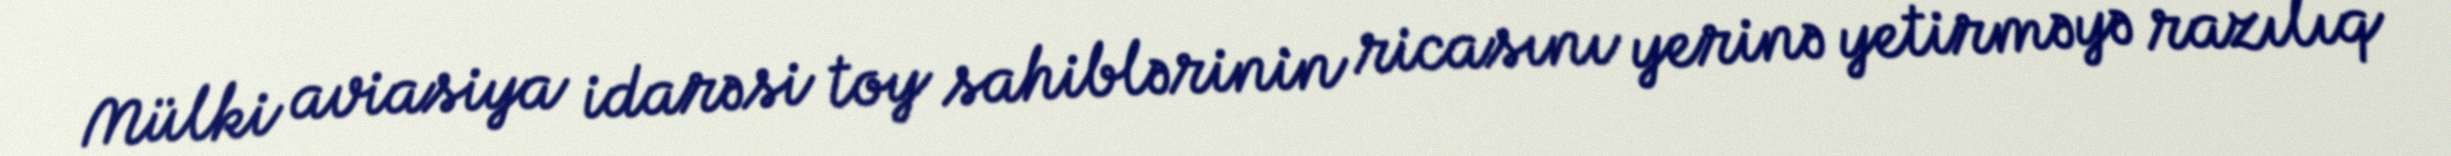
Mülki aviasiya idarəsi toy sahiblərinin ricasını yerinə yetirməyə razılıq